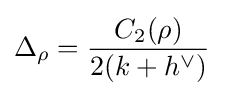
\Delta _{\rho }={\frac {C_{2}(\rho )}{2(k+h^{\vee })}}\